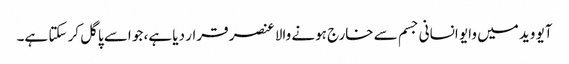
آیو وید میں وایو انسانی جسم سے خارج ہونے والا عنصر قرار دیا ہے، جو اسے پاگل کر سکتا ہے۔